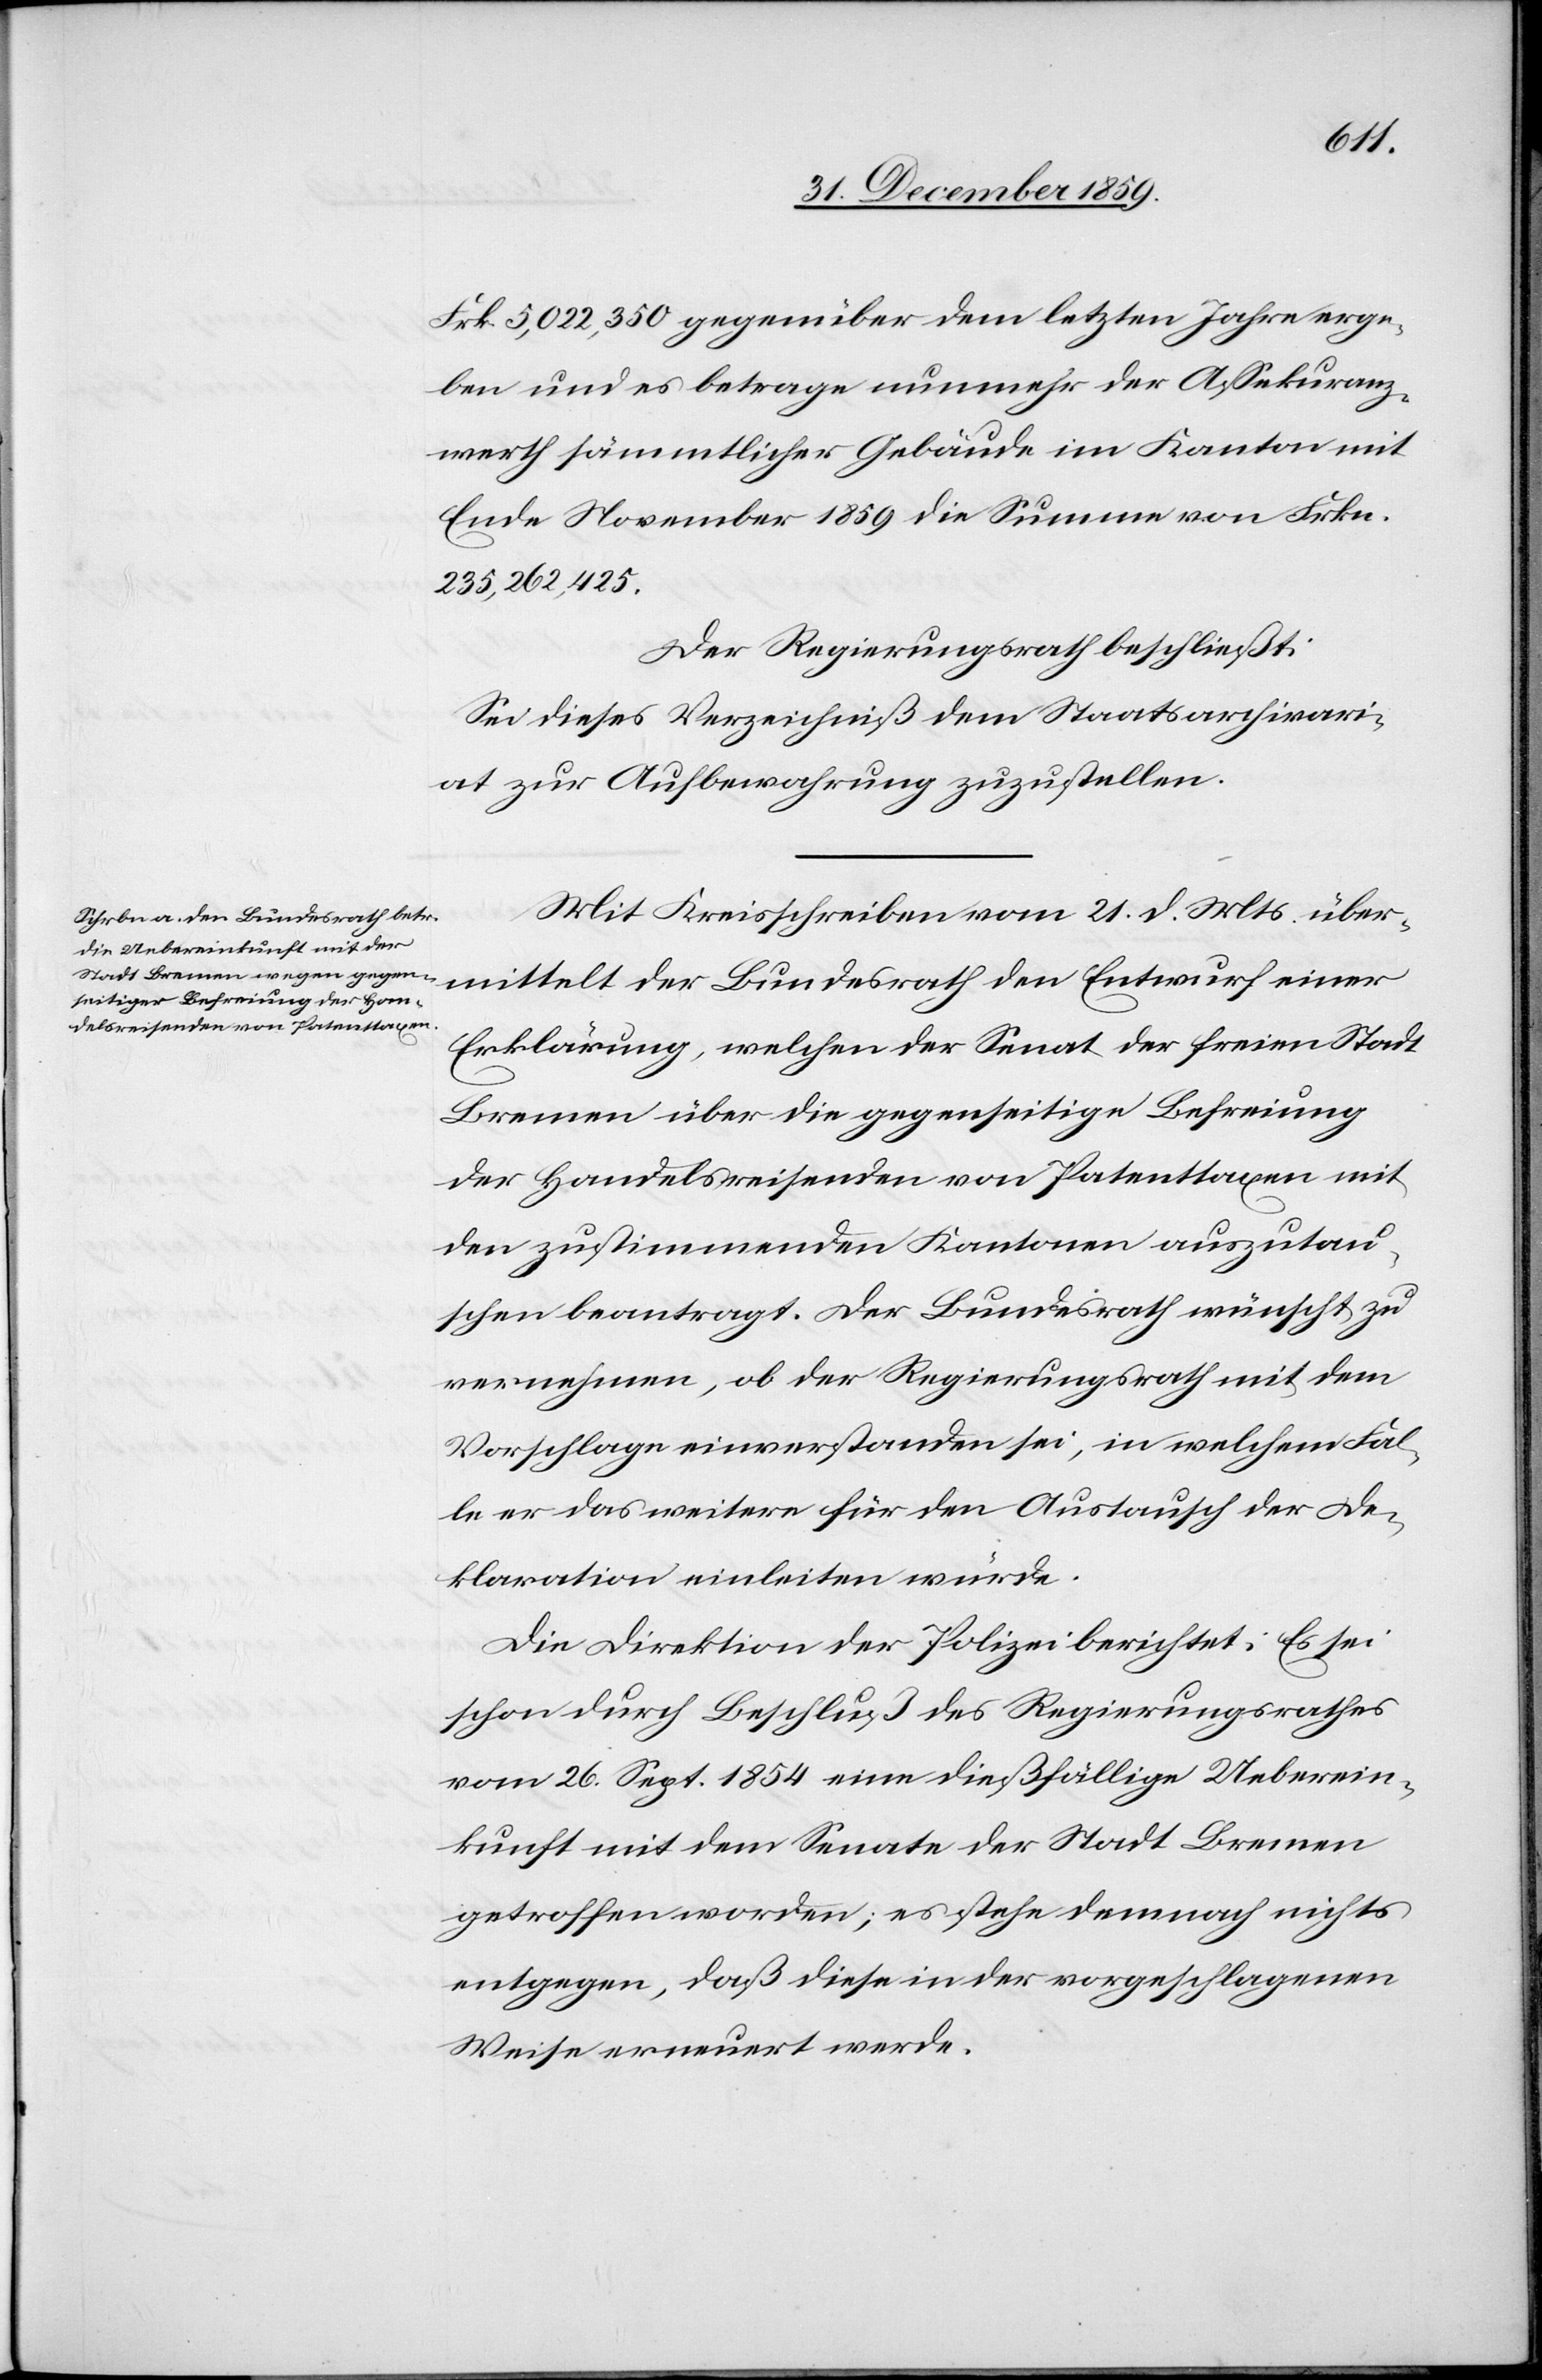
Frk. 5,022,350 gegenüber dem letzten Jahre erge¬
ben und es betrage nunmehr der Assekuranz¬
werth sämmtlicher Gebäude im Kanton mit
Ende November 1859 die Summe von Frkn.
235,262,452.
Der Regierungsrath beschließt:
Sei dieses Verzeichniß dem Staatsarchivari¬
at zur Aufbewahrung zuzustellen.
Mit Kreisschreiben vom 21. d. Mts. über¬
mittelt der Bundesrath den Entwurf einer
Erklärung, welchen der Senat der freien Stadt
Bremen über die gegenseitige Befreiung
der Handelsreisenden von Patenttaxen mit
den zustimmenden Kantonen auszutau¬
schen beantragt. Der Bundesrath wünscht zu
vernehmen, ob der Regierungsrath mit dem
Vorschlage einverstanden sei, in welchem Fal¬
le er das weitere für den Austausch der De¬
klarationen einleiten würde.
Die Direktion der Polizei berichtet: Es sei
schon durch Beschluß des Regierungsrathes
vom 26. Sept. 1854 eine dießfällige Ueberein¬
kunft mit dem Senate der Stadt Bremen
getroffen worden; es stehe demnach nichts
entgegen, daß diese in der vorgeschlagenen
Weise erneuert werde.